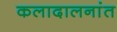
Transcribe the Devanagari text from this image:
कलादालनांत